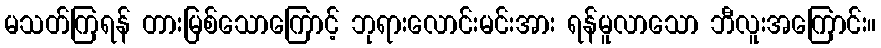
မသတ်ကြရန် တားမြစ်သောကြောင့် ဘုရားလောင်းမင်းအား ရန်မူလာသော ဘီလူးအကြောင်း။